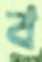
ব